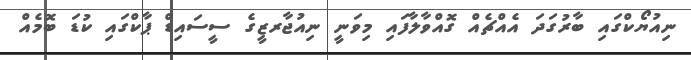
ނިއުޔޯކްގައި ބާރުގަދަ އެއްޗެއް ގޮއްވާލާފައި މިވަނީ ނިއުޖާރޒީގެ ސީސައިޑް ޕާކްގައި ކުޑަ ބޮމެއް